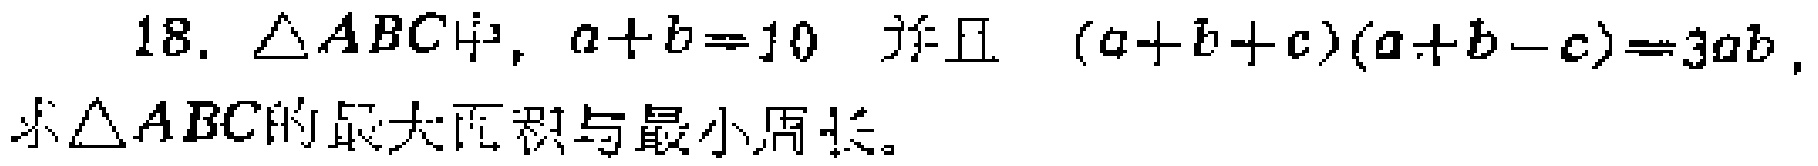
18. $\triangle ABC$中，$a + b = 10$ 并且 $(a + b + c)(a + b - c)=3ab$，求$\triangle ABC$的最大面积与最小周长。